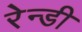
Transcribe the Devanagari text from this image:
रेन्डी